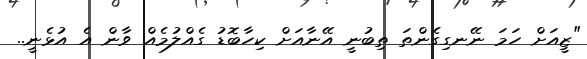
"ޒީއަށް ހަމަ ނޭނގިގެންތަ ތިބުނީ އޭނާއަށް ކިހާބޮޑު ގެއްލުމެއް ވާން އެ އުޅެނީ..